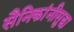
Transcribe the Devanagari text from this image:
सैनिकांनीसुद्धा